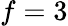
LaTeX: f=3